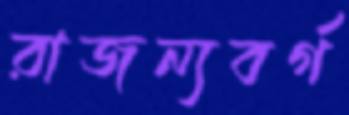
রাজন্যবর্গ